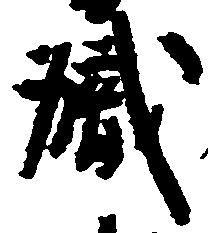
職